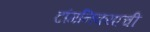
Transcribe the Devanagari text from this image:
टांगनिक्याची